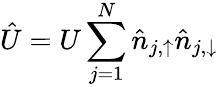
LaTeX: \hat{U}=U\sum_{j=1}^{N}\hat{n}_{j,\uparrow}\hat{n}_{j,\downarrow}